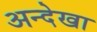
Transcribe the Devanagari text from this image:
अन्देखा